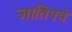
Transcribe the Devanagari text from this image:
जातिपत्रे